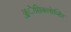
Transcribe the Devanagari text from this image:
ॲेसिक्लोव्हिर